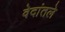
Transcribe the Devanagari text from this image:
वेदांतले